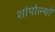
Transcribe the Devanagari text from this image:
शांपोल्यों